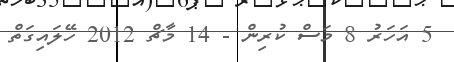
5 އަހަރު 8 މަސް ކުރިން - 14 މާޗް 2012 ހޭލައިގަތް